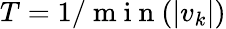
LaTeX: T=1/\mathrm{~m~i~n~}(|v_{k}|)